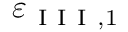
\varepsilon _ { \mathrm { ~ I ~ I ~ I ~ } , 1 }